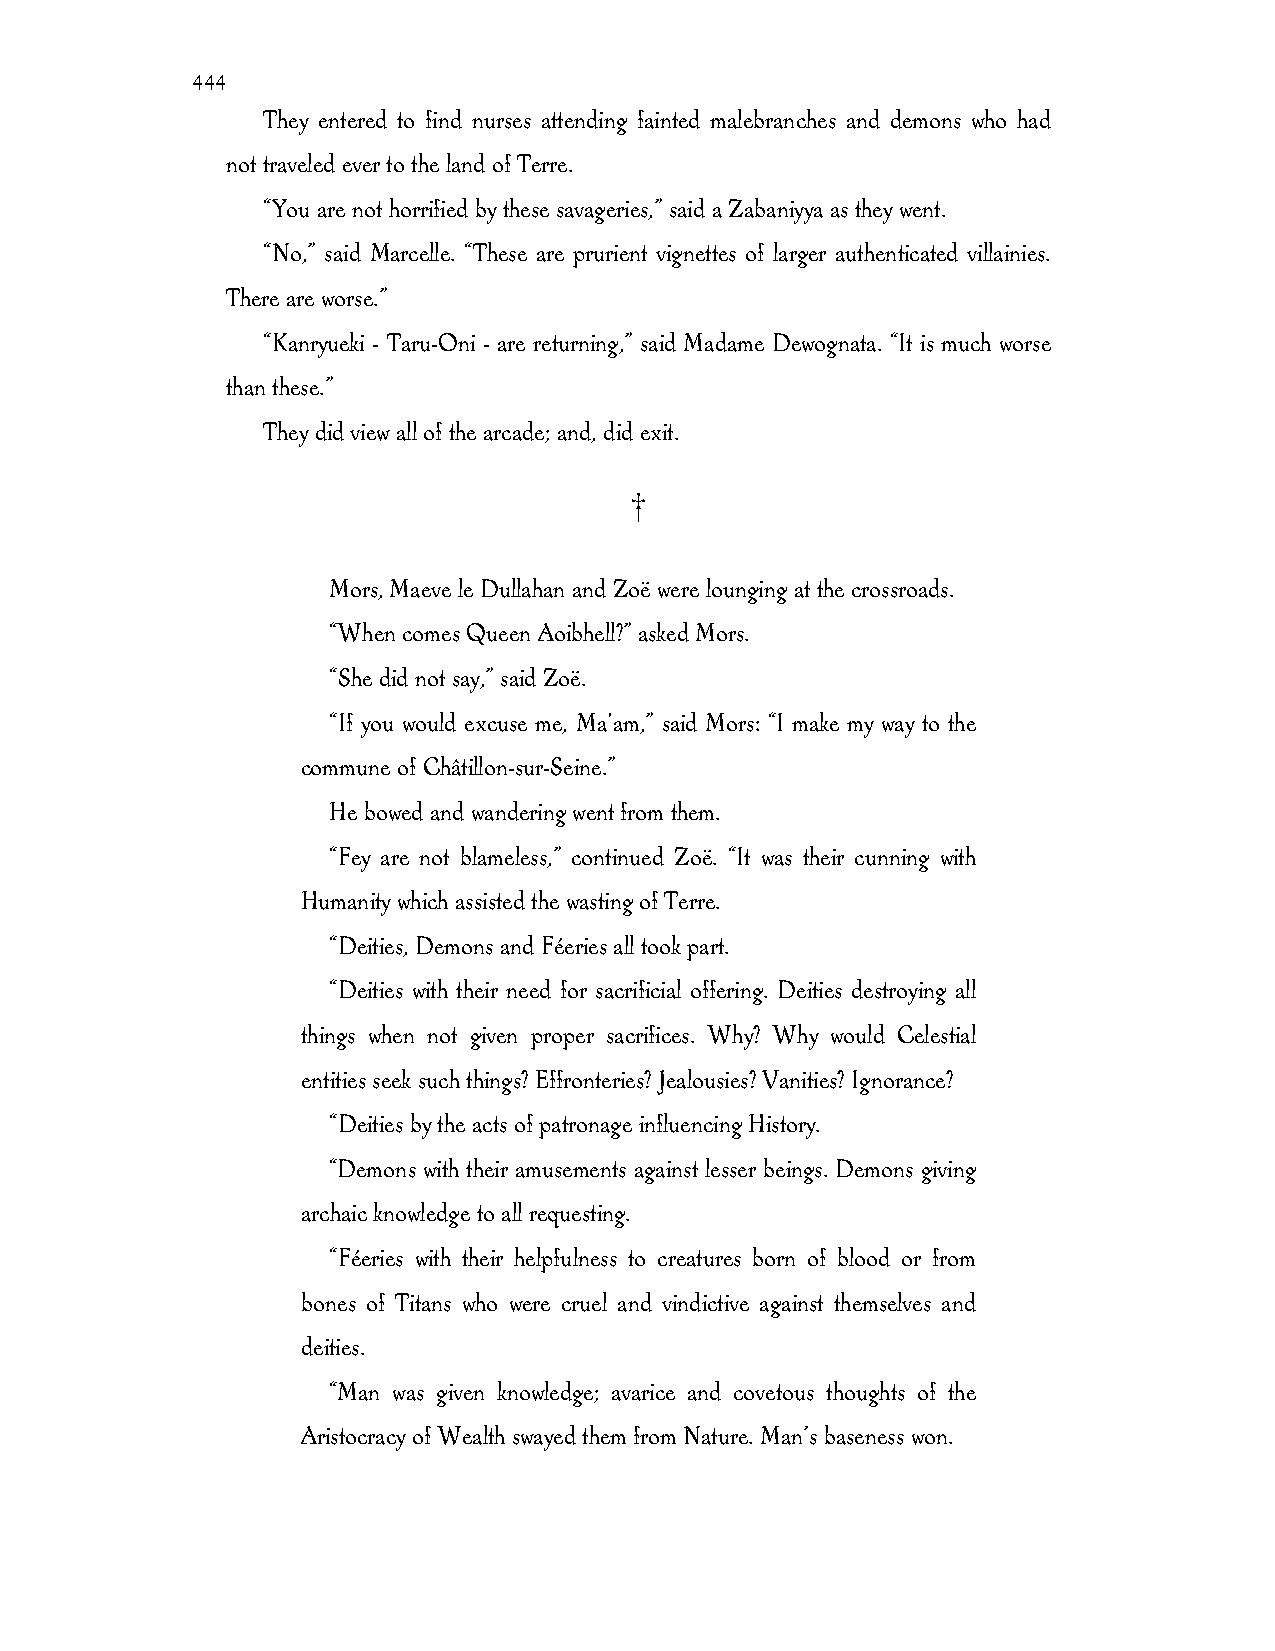
444
 They entered to find nurses attending fainted malebranches and demons who had
 not traveled ever to the land of Terre.
 “You are not horrified by these savageries,” said a Zabaniyya as they went.
 “No,” said Marcelle. “These are prurient vignettes of larger authenticated villainies.
 There are worse.”
 “Kanryueki - Taru-Oni - are returning,” said Madame Dewognata. “It is much worse
 than these.”
 They did view all of the arcade; and, did exit.
 †
 Mors, Maeve le Dullahan and Zoë were lounging at the crossroads.
 “When comes Queen Aoibhell?” asked Mors.
 “She did not say,” said Zoë.
 “If you would excuse me, Ma'am,” said Mors: “I make my way to the
 commune of Châtillon-sur-Seine.”
 He bowed and wandering went from them.
 “Fey are not blameless,” continued Zoë. “It was their cunning with
 Humanity which assisted the wasting of Terre.
 “Deities, Demons and Féeries all took part.
 “Deities with their need for sacrificial offering. Deities destroying all
 things when not given proper sacrifices. Why? Why would Celestial
 entities seek such things? Effronteries? Jealousies? Vanities? Ignorance?
 “Deities by the acts of patronage influencing History.
 “Demons with their amusements against lesser beings. Demons giving
 archaic knowledge to all requesting.
 “Féeries with their helpfulness to creatures born of blood or from
 bones of Titans who were cruel and vindictive against themselves and
 deities.
 “Man was given knowledge; avarice and covetous thoughts of the
 Aristocracy of Wealth swayed them from Nature. Man’s baseness won.